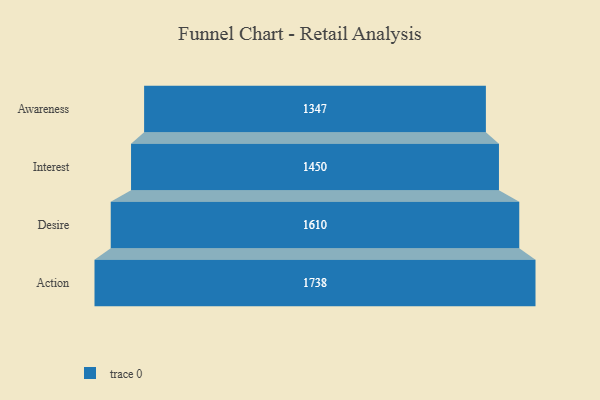
{"axis": {"x": "Stage", "y": "Value"}, "legend": [""], "data": [{"x": "Awareness", "y": 1347.0, "type": ""}, {"x": "Interest", "y": 1450.0, "type": ""}, {"x": "Desire", "y": 1610.0, "type": ""}, {"x": "Action", "y": 1738.0, "type": ""}]}